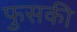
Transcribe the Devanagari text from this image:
फुसकी